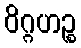
ဝိဂ္ဂဟဉ္စ